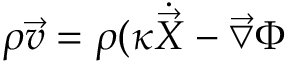
\rho \vec { v } = \rho ( \kappa { \dot { \vec { X } } } - \vec { \bigtriangledown } \Phi